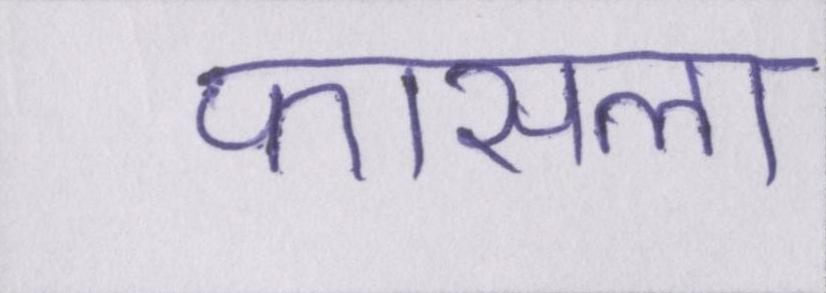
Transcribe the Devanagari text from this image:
फासला